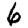
Digit: 6